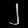
Digit: ၂